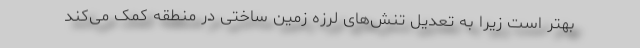
بهتر است زیرا به تعدیل تنش‌های لرزه زمین ساختی در منطقه کمک می‌کند